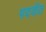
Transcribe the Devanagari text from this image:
पदवीत